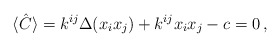
\begin{align*} \langle\hat{C}\rangle= k^{ij} \Delta(x_ix_j)+ k^{ij}x_ix_j-c=0\,,\end{align*}